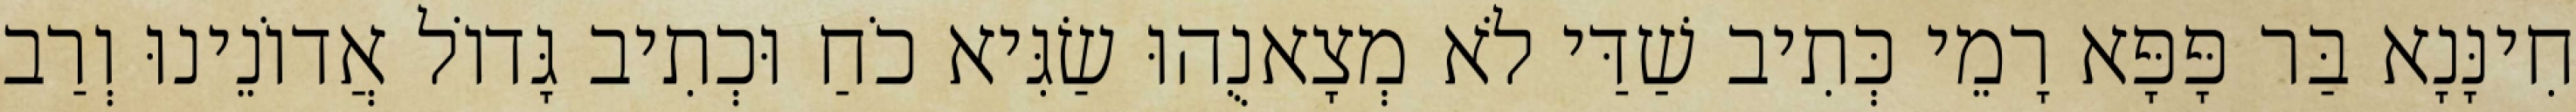
חִינָּנָא בַּר פָּפָּא רָמֵי כְּתִיב שַׁדַּי לֹא מְצָאנֻהוּ שַׂגִּיא כֹחַ וּכְתִיב גָּדוֹל אֲדוֹנֵינוּ וְרַב